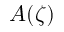
A ( \zeta )